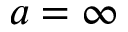
a = \infty